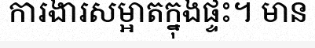
ការងារសម្អាតក្នុងផ្ទះ។ មាន